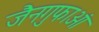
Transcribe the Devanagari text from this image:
जैनगुफाओं